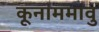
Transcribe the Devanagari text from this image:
कूनाममावु